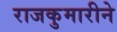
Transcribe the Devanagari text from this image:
राजकुमारीने